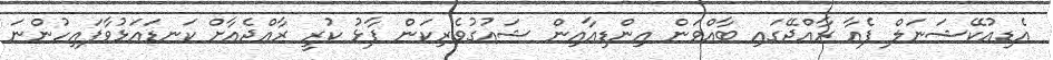
އެޑިއުކޭޝަނަލް ފެއާ ރާއްޖޭގައި ބާއްވަން އިންޑިއާއިން ޝައުގުވެރިކަން ފާޅު ކުރީ ރާއްޖެއާށް ކަނޑައަޅުވާފައިހުންނަ